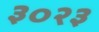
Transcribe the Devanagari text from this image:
३०२३